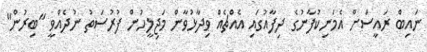
ނައިބް ރައީސަށް އެމަނިކުފާނުގެ ދިފާއުގައި އެއްޗެއް ވިދާޅުވާން މަޖިލީހުން ފުރުސަތު ނުދެއްވީ "ބިރުން"